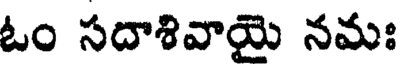
ఓం సదాశివాయై నమః